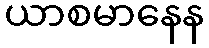
ယာစမာနေန